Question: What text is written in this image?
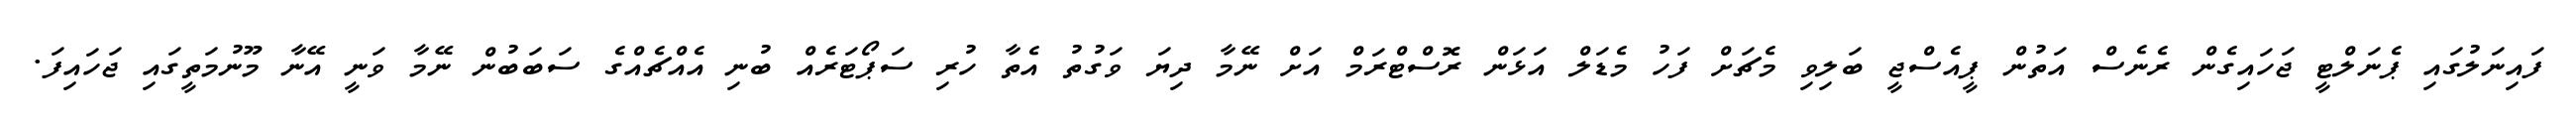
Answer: ފައިނަލުގައި ޕެނަލްޓީ ޖަހައިގެން ރެނެސް އަތުން ޕީއެސްޖީ ބަލިވި މެޗަށް ފަހު މެޑަލް އަޅަން ރޮސްޓްރަމް އަށް ނޭމާ ދިޔަ ވަގުތު އެތާ ހުރި ސަޕޯޓަރެއް ބުނި އެއްޗެއްގެ ސަބަބުން ނޭމާ ވަނީ އޭނާ މޫނުމަތީގައި ޖަހައިފަ.